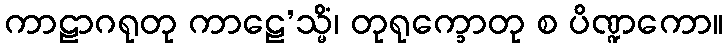
ကာဠာဂရုတု ကာဠေ’သ္မိံ၊ တုရုက္ခောတု စ ပိဏ္ဍကော။